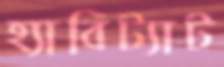
হ্যাবিট্যাট